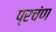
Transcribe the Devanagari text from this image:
प्रचंण